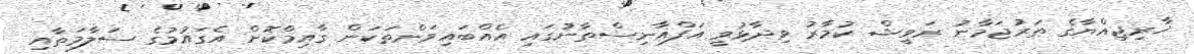
ޚާރިޖިއްޔާގެ ތަރުޖަމާނު ރަވީޝް ކުމާރު ވިދާޅުވީ އަފްޣާނިސްތާނުގައި އެއްބައިވަންތަކަން ގާއިމްކޮށް އެގައުމުގެ ސަލާމަތާއި